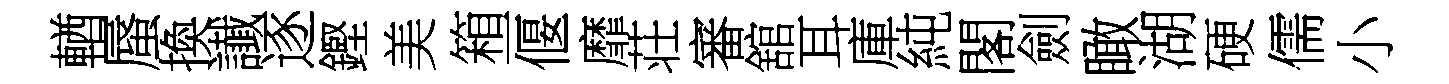
輶蜃換䜟逐鏗美箱一偃靡荘審舘耳庫純閣劍瞰湖硬儒小